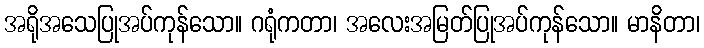
အရိုအသေပြုအပ်ကုန်သော။ ဂရုံကတာ၊ အလေးအမြတ်ပြုအပ်ကုန်သော။ မာနိတာ၊